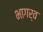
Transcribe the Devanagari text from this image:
भागर्व